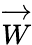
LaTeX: \overrightarrow{W}